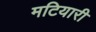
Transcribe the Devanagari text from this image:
मटियारी